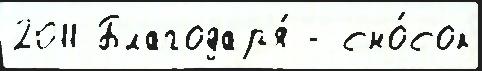
2011 Благодар'я́ - сно́сок